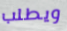
ويطلب